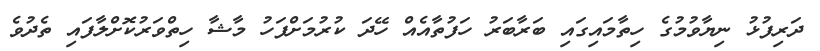
ދަރިފުޅު ނިޔާވުމުގެ ހިތާމައިގައި ބަރާބަރު ހަފުތާއެއް ހޭދަ ކުރުމަށްފަހު މާޝާ ހިތްވަރުކޮށްލާފައި ތެދުވެ